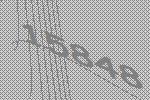
15848